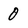
Character: 0